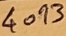
Text: 4093